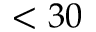
< 3 0